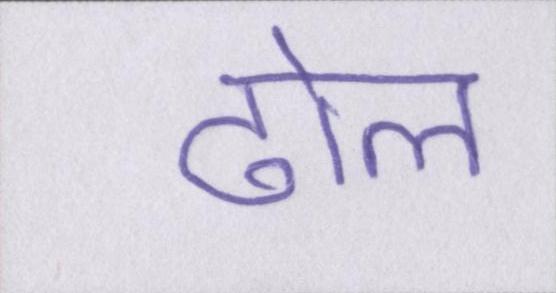
ढोल